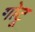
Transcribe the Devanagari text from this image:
गोटू